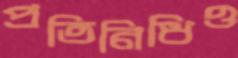
প্রতিনিধিও